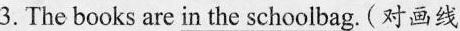
3.The books are in the schoolbag. (对画线